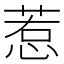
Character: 惹